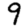
Digit: 9